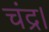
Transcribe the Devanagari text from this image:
चंद्र।